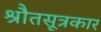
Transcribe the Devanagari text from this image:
श्रौतसूत्रकार